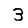
Digit: 3